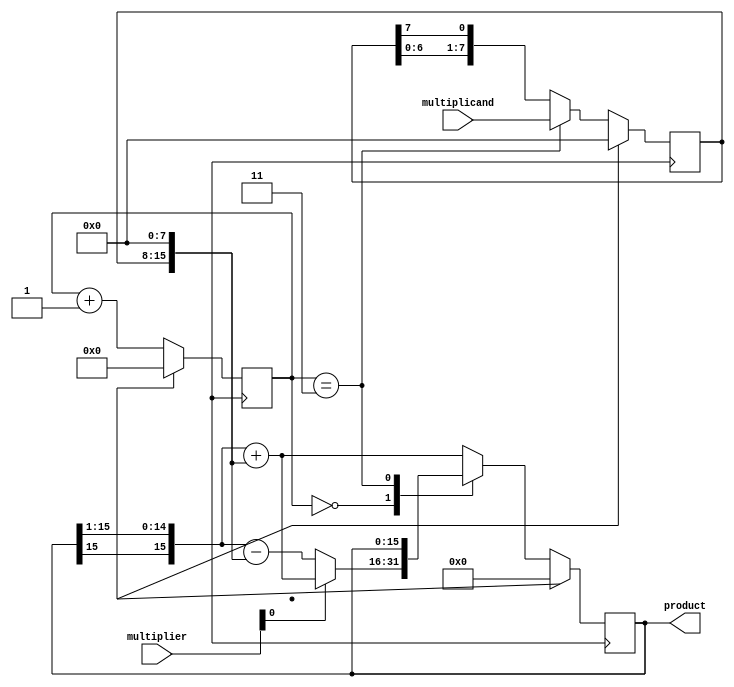
module booth_multiplier(
    input [7:0] multiplicand,
    input [7:0] multiplier,
    output reg [15:0] product
);

reg [7:0] A;
reg [15:0] P;
reg [3:0] counter;

always @ (posedge clk) begin
    if (reset) begin
        A <= 8'b0;
        P <= 16'b0;
        counter <= 4'b0;
    end else begin
        case (counter)
            0: begin
                if (multiplier[0] == 1) begin
                    P <= {P[15], P[15:1]} + {A, 8'b0};
                end else begin
                    P <= {P[15], P[15:1]} - {A, 8'b0};
                end
                A <= {A[6:0], A[7]};
            end
            3: begin
                A <= multiplicand;
            end
            default: begin
                P <= {P[15], P[15:1]} + {A, 8'b0};
                A <= {A[6:0], A[7]};
            end
        endcase

        counter <= counter + 1;
    end
end

assign product = P;

endmodule